Problem: 12 × 6 = ?
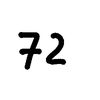
Handwritten answer: 72